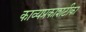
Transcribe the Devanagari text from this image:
काव्यप्रकाशटीका